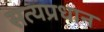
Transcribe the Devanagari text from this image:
सत्यप्रधान